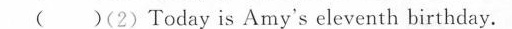
( )(2) Today is Amy's eleventh birthday.